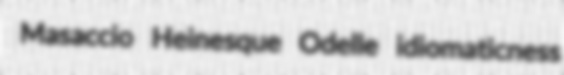
Masaccio Heinesque Odelle idiomaticness